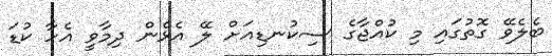
ބެލެވޭ ގޮތުގައި މި ކުއްޖާގެ ސިކުނޑިއަށް ލޭ އެޅެން ދިމާވީ އެހާ ކުޑަ